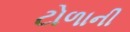
ટોળાની